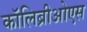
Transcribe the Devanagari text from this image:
कॉलिब्रीओएस